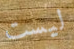
ليست